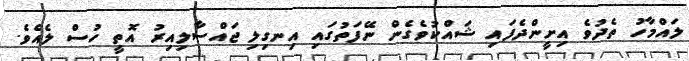
ލައްމާހު ތެދުވެ އިށީންދެފައި ޝައްކުވެގެން ނޭފަތުގައި އިނގިލި ޖައްސާލިއިރު އޮތީ ހުސް ލެއެވެ.